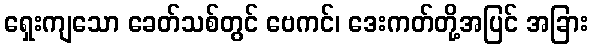
ရှေးကျသော ခေတ်သစ်တွင် ဗေကင်၊ ဒေးကတ်တို့အပြင် အခြား